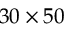
3 0 \times 5 0